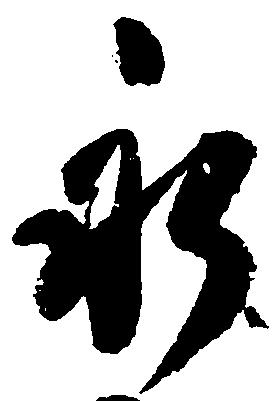
永